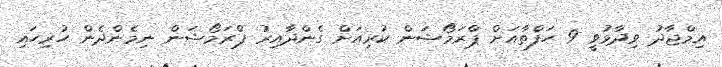
އިމްޖާދު ވިދާޅުވީ 9 ހަފްތާއަށް ޕްރަމޯޝަން ކުރިއަށް ގެންދާއިރު ޕްރަމޯޝަން ނިމެންދެން ހުރިހައި